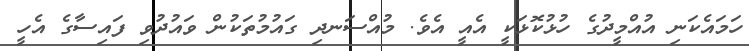
ހަމައެކަނި އުއްމީދުގެ ހުޅުކޮޅަކީ އެއީ އެވެ. މުއްސަނދި ގައުމުތަކުން ވައުދުވި ފައިސާގެ އެހީ